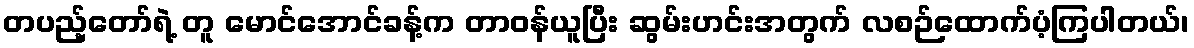
တပည့်တော်ရဲ့ တူ မောင်အောင်ခန့်က တာဝန်ယူပြီး ဆွမ်းဟင်းအတွက် လစဉ်ထောက်ပံ့ကြပါတယ်၊